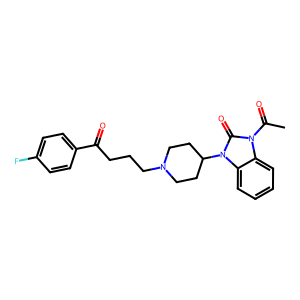
SMILES: CC(=O)n1c(=O)n(C2CCN(CCCC(=O)c3ccc(F)cc3)CC2)c2ccccc21
Inhibits HIV replication: No